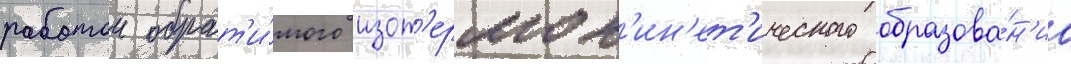
работои обрат'и́мого изот'ермок'ин'ет'ического образова́н'иа